Insane asylums in Bengal annual reports 1876-1887 - 1876-1887
Year: 1876
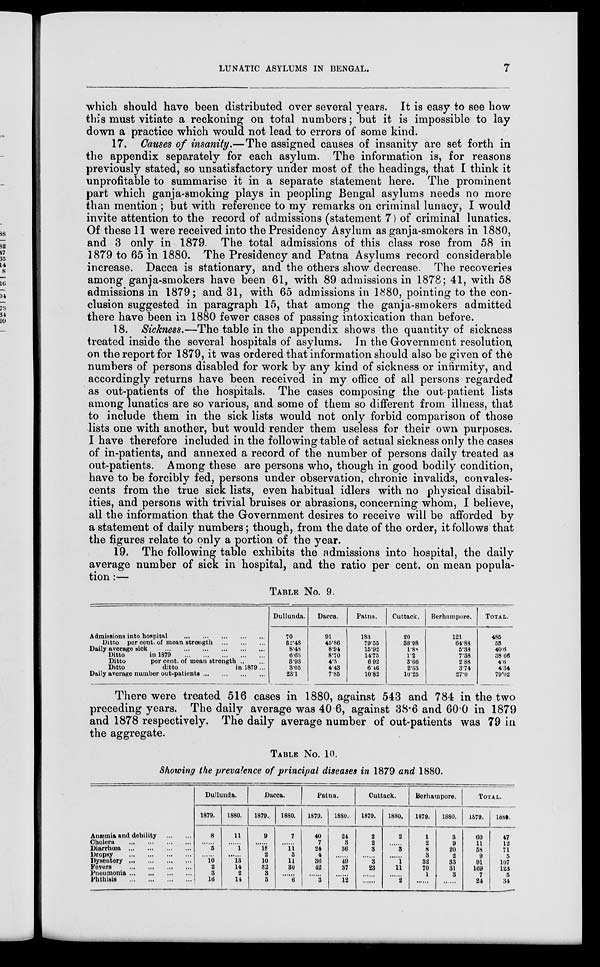
LUNATIC ASYLUMS IN BENGAL.
7
which should have been distributed over several years. It is easy to see how
this must vitiate a reckoning on total numbers; but it is impossible to lay
down a practice which would not lead to errors of some kind.
17. Causes of insanity.—The assigned causes of insanity are set forth in
the appendix separately for each asylum. The information is, for reasons
previously stated, so unsatisfactory under most of the headings, that I think it
unprofitable to summarise it in a separate statement here. The prominent
part which ganja-smoking plays in peopling Bengal asylums needs no more
than mention ; but with reference to my remarks on criminal lunacy, I would
invite attention to the record of admissions (statement 7) of criminal lunatics.
Of these 11 were received into the Presidency Asylum as ganja-smokers in 1880,
and 3 only in 1879. The total admissions of this class rose from 58 in
1879 to 65 in 1880. The Presidency and Patna Asylums record considerable
increase. Dacca is stationary, and the others show decrease. The recoveries
among ganja-smokers have been 61, with 89 admissions in 1878; 41, with 58
admissions in 1879; and 31, with 65 admissions in 1880, pointing to the con-
clusion suggested in paragraph 15, that among the ganja-smokers admitted
there have been in 1880 fewer cases of passing intoxication than before.
18. Sickness.—The table in the appendix shows the quantity of sickness
treated inside the several hospitals of asylums. In the Government resolution
on the report for 1879, it was ordered that information should also be given of the
numbers of persons disabled for work by any kind of sickness or infirmity, and
accordingly returns have been received in my office of all persons regarded
as out-patients of the hospitals. The cases composing the out-patient lists
among lunatics are so various, and some of them so different from illness, that
to include them in the sick lists would not only forbid comparison of those
lists one with another, but would render them useless for their own purposes.
I have therefore included in the following table of actual sickness only the cases
of in-patients, and annexed a record of the number of persons daily treated as
out-patients. Among these are persons who, though in good bodily condition,
have to be forcibly fed, persons under observation, chronic invalids, convales-
cents from the true sick lists, even habitual idlers with no physical disabil-
ities, and persons with trivial bruises or abrasions, concerning whom, I believe,
all the information that the Government desires to receive will be afforded by
a statement of daily numbers; though, from the date of the order, it follows that
the figures relate to only a portion of the year.
19. The following table exhibits the admissions into hospital, the daily
average number of sick in hospital, and the ratio per cent. on mean popula-
tion :—
TABLE NO. 9.
Admissions into hospital
...
...
...
...
...
Ditto per cent. of mean strength
...
...
...
Daily average sick
...
...
...
...
...
...
Ditto
in 1879
...
...
...
...
...
Ditto
per cent. of mean strength ... ...
Ditto
ditto
in 1879...
Daily average number out-patients
...
...
...
...
Dullunda.
70
32.48
8.48
6.63
3.93
3.05
23.1
Dacca.
91
45.86
8.94
8.70
4.5
4.43
7.85
Patna.
183
79.55
15.92
14.75
6.92
6.46
10.82
Cuttack.
20
38.98
l.88
1.2
3.66
2.33
10.25
Berhampore.
121
64.88
5.38
7.38
2.88
3.74
27.0
TOTAL.
485
55
40.6
38.66
4.6
4.34
79.02
There were treated 516 cases in 1880, against 543 and 784 in the two
preceding years. The daily average was 40 6, against 38.6 and 60.0 in 1879
and 1878 respectively. The daily average number of out-patients was 79 in
the aggregate.
TABLE No. 10.
Showing the prevalence of principal diseases in 1879 and 1880.
Anæmia and debility
...
...
Cholera
...
...
...
...
Diarrhœa
...
...
...
...
Dropsy ... ... ... ...
Dysentery
...
...
...
...
Fevers
...
...
...
...
Pneumonia
...
...
...
...
Phthisis
...
...
...
...
Dullunda.
1879.
8
......
5
......
10
2
8
16
1880.
11
......
1
13
14
2
14
Dacca.
1879.
9
18
2
10
32
3
5
1880.
7
......
11
3
11
30
......
6
Patna.
1879.
40
7
24
4
36
42
......
3
1880.
24
3
36
......
49
37
......
12
Cuttack.
1879.
2
2
3
......
3
23
......
......
1880.
2
......
3
......
1
11
......
2
Berhampore.
1879.
1
2
8
3
32
70
1
1880.
3
9
20
2
33
31
3
TOTAL.
1879.
60
11
58
9
91
169
7
24
1880.
47
12
71
5
107
123
5
34